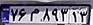
۷۶م۸۹۳۱۳